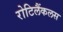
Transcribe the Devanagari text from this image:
रोटिलैंकलस